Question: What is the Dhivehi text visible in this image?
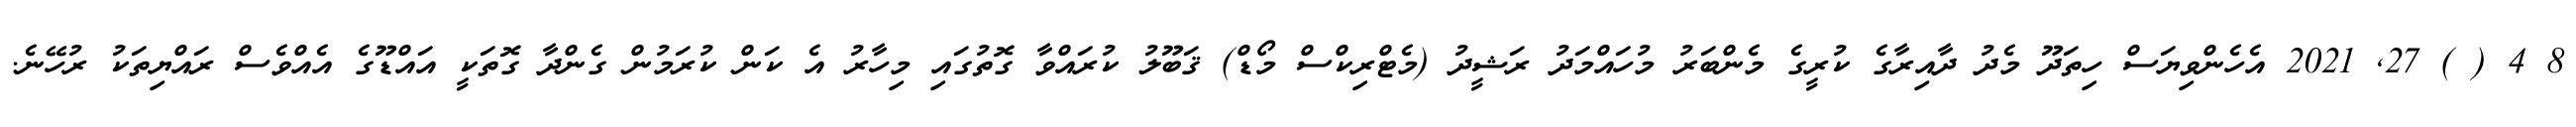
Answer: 8 4 ( ) 27, 2021 އެހެންވިޔަސް ހިތަދޫ މެދު ދާއިރާގެ ކުރީގެ މެންބަރު މުހައްމަދު ރަޝީދު (މެޓްރިކްސް މޯޑް) ޤަބޫލު ކުރައްވާ ގޮތުގައި މިހާރު އެ ކަން ކުރަމުން ގެންދާ ގޮތަކީ އައްޑޫގެ އެއްވެސް ރައްޔިތަކު ރުހޭނެ.